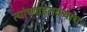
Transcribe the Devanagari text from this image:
त्यांच्याइतक्याच